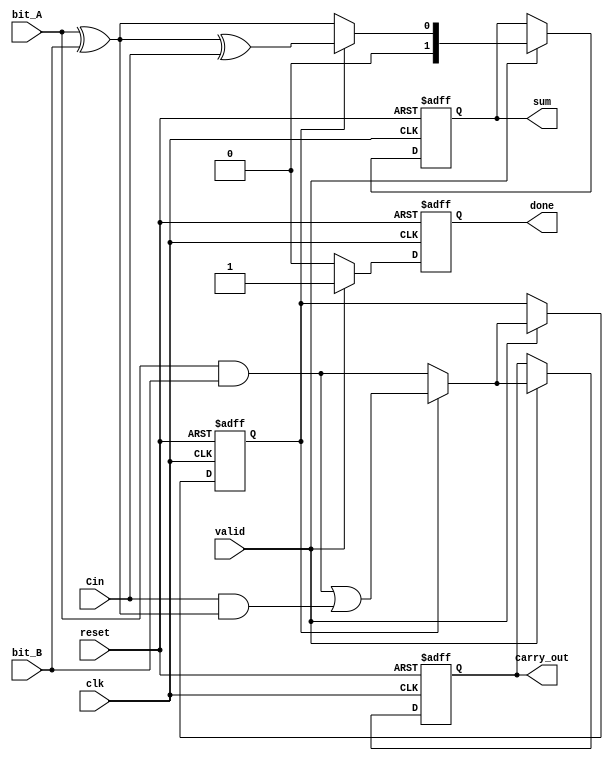
module CarrySaveAdder(
    input wire clk,
    input wire reset,
    input wire bit_A,        // Serial input for operand A
    input wire bit_B,        // Serial input for operand B
    input wire Cin,          // Carry-in
    input wire valid,        // Indicates when the bit inputs are valid
    output reg [1:0] sum,    // Sum output (2 bits to cover 0-3 range)
    output reg carry_out,    // Carry-out
    output reg done          // Indicates when the addition is complete
);

    // State Variables
    reg [1:0] curr_sum;       // Current sum
    reg carry;

    // Sequential logic for processing the bits
    always @(posedge clk or posedge reset) begin
        if (reset) begin
            curr_sum <= 2'b00;
            carry <= 1'b0;
            sum <= 2'b00;
            carry_out <= 1'b0;
            done <= 1'b0;
        end
        else if (valid) begin
            // Perform half adder (for the first bit)
            if (carry == 0) begin
                curr_sum = bit_A ^ bit_B; // Sum bit (A XOR B)
                carry = bit_A & bit_B;     // Carry bit (A AND B)
            end else begin
                // Using full adder for subsequent bits
                curr_sum = bit_A ^ bit_B ^ Cin; // Sum bit
                carry = (bit_A & bit_B) | (Cin & (bit_A ^ bit_B)) ; // Carry bit
            end
            
            // Store current results to outputs
            sum <= curr_sum;
            carry_out <= carry;
            
            // Indicate completion for this cycle
            done <= 1'b1;
        end
        else begin
            // Indicate that addition isn't complete if no valid input is received
            done <= 1'b0;
        end
    end

endmodule